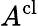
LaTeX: A^{\mathrm{cl}}